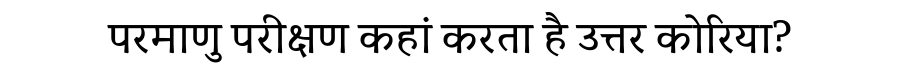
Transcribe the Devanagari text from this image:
परमाणु परीक्षण कहां करता है उत्तर कोरिया?